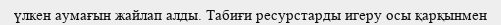
үлкен аумағын жайлап алды. Табиғи ресурстарды игеру осы қарқынмен